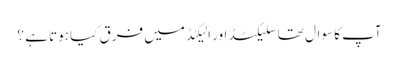
آپ کا سوال تھا سلیکٹڈ اور الیکٹڈ میں فرق کیا ہوتا ہے ؟